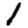
Digit: 1